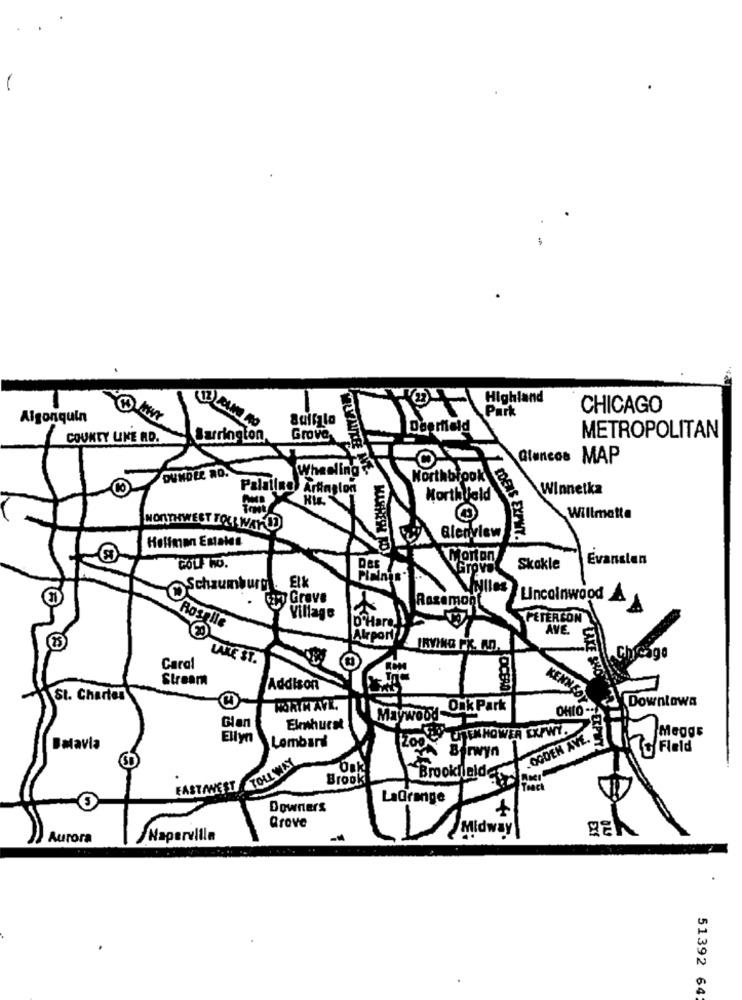
Highland
Park
CHICAGO
Algonquin
Deerfield
COUNTY UKE AD.
Barrington
Grove
METROPOLITAN
Glencos
MAP
Wheeling
Northbrook
Palatine) Arfinglon
Winnetka
Horthyald
Willmatte
NORTHWEST TOLL WAYOD
Hoffman Estates
&leriview
IDERS EXPWY.
Morton
Evansten
GOLF WO.
Grove
Skokle
Pianis'
Schaumburg.
Elk
Villes
- Wayy Grave
Razemont
Lincolnwood
Village
O'Hare
PETERSON
Roselle
AVE.
Airport
IRVING PX. A.D.
LAKE ST.
Carol
Stream
DCB
LAXE SHO
Addison
St. Charles
KENNEO
XDowntowa
WORTH AVE.
Onk Park
Glan
Maywood-
Elmhurst
UTEK HOWER EXPWY.
Meggs
Ellyn
Lombard
.OGDEN AVE.
Batavia
Fleld
Birwyn
TOLL WAY
Osk
Brook
Brookfield
FASTAWEST
LaGrange
Downers
Grave
Midway
Aurora
Naperville
51392 64